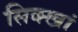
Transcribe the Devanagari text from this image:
सिक्खां